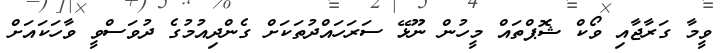
ވީމާ ގަރާޖާއި ވޯކް ޝޮޕްތައް މީހުން ނޫޅޭ ސަރަހައްދުތަކަށް ގެންދިއުމުގެ ދުވަސްވީ ވާހަކައަށް